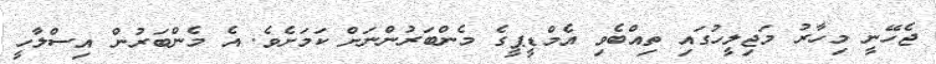
ޖެހޭނީ މިހާރު މަޖިލީހުގައި ތިއްބެވި އެމްޑީޕީގެ މެންބަރުންނަށް ކަމަށެވެ. އެ މެންބަރުން އިސްލާހީ